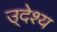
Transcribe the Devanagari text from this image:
उ्देश्य